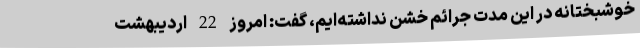
خوشبختانه در این مدت جرائم خشن نداشته‌ایم، گفت: امروز 22 اردیبهشت